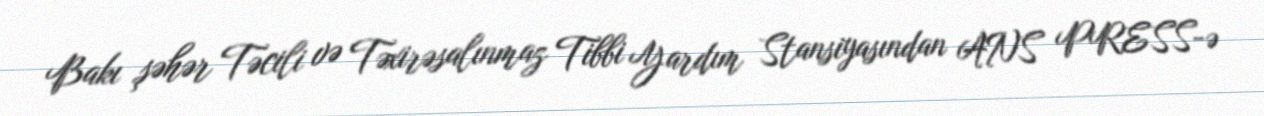
Bakı şəhər Təcili və Təxirəsalınmaz Tibbi Yardım Stansiyasından ANS PRESS-ə